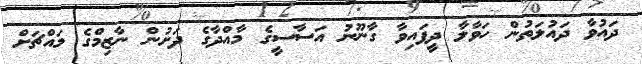
ދައުވާ ދައުލަތުން ހަވާލާ ދީފައިވާ ގާނޫނު އަސާސީގެ މާއްދާގެ ދަށުން ނާޒިމްގެ މައްޗަށް